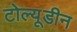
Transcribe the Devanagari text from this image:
टोल्यूडीन